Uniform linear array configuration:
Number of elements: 8
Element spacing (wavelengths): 0.5
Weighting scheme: hamming
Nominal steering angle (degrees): -60
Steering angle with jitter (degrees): -59.971
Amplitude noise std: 0.05
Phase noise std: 0.05

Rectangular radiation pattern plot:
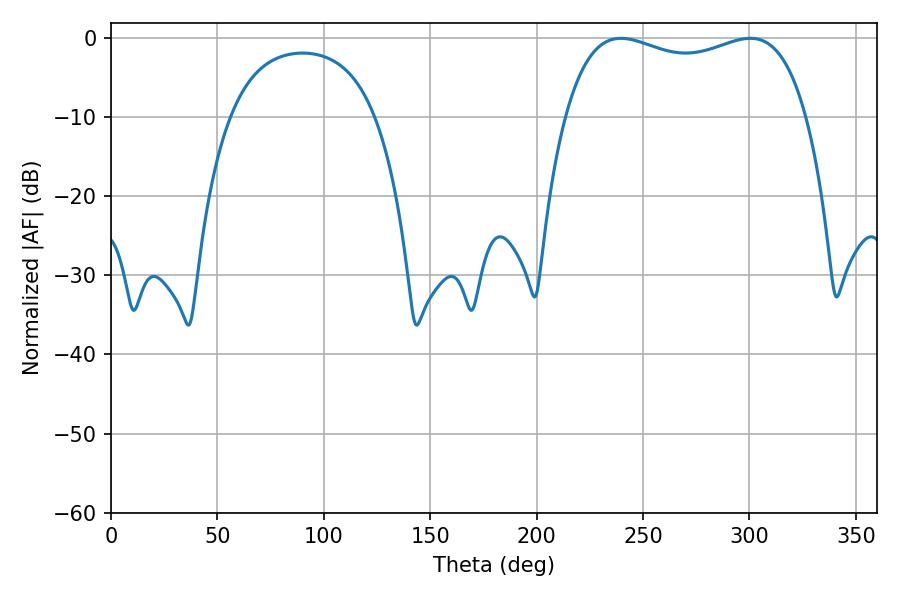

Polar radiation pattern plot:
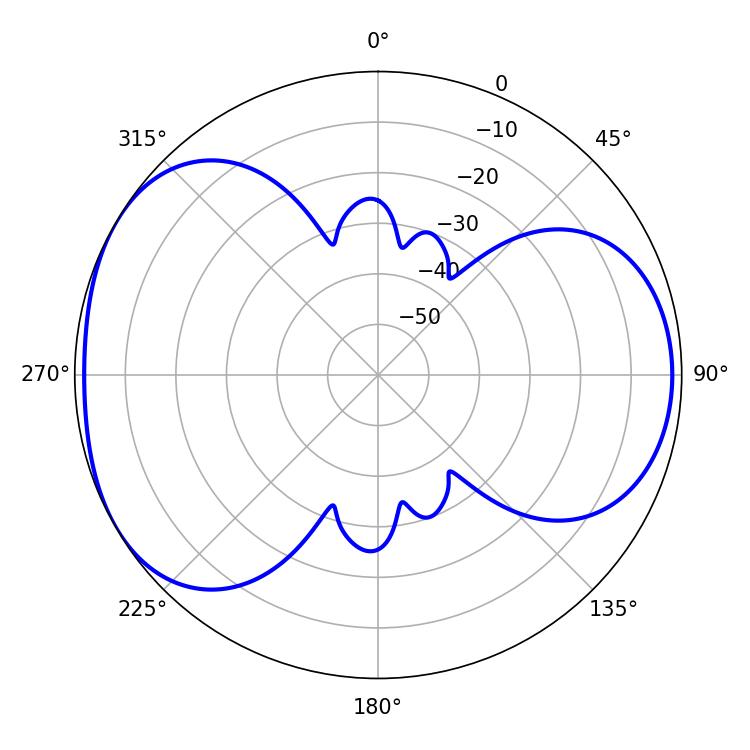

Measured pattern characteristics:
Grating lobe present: FALSE
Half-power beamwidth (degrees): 92.88
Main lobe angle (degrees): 239.58